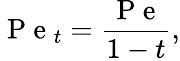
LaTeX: \mathrm{~P~e~}_{t}=\frac{\mathrm{~P~e~}}{1-t},